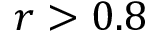
r > 0 . 8